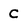
Character: C